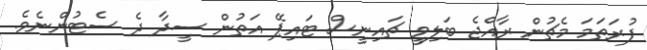
ފުރަތަމަ މެޗުން ރާއްޖެ ބަލިވީ ޗައިނީސް ޓައިޕޭ އަތުން ސީދާ ދެ ސެޓުންނެވެ.